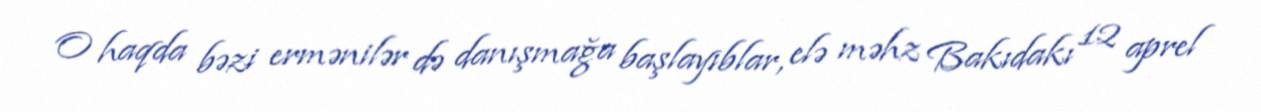
O haqda bəzi ermənilər də danışmağa başlayıblar, elə məhz Bakıdakı 12 aprel